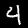
Digit: 4